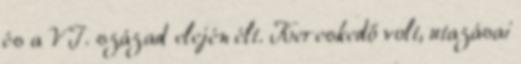
és a VI. század elején élt. Kereskedő volt, utazásai